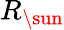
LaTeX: R_{\sun}